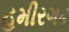
હમીરગઢ